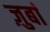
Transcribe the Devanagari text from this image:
ज़ुबां